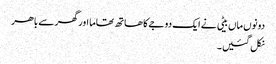
دونوں ماں بیٹی نے ایک دوجے کا ھاتھ تھاما اور گھر سے باھر
نکل گئیں۔